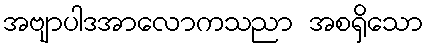
အဗျာပါဒအာလောကသညာ အစရှိသော